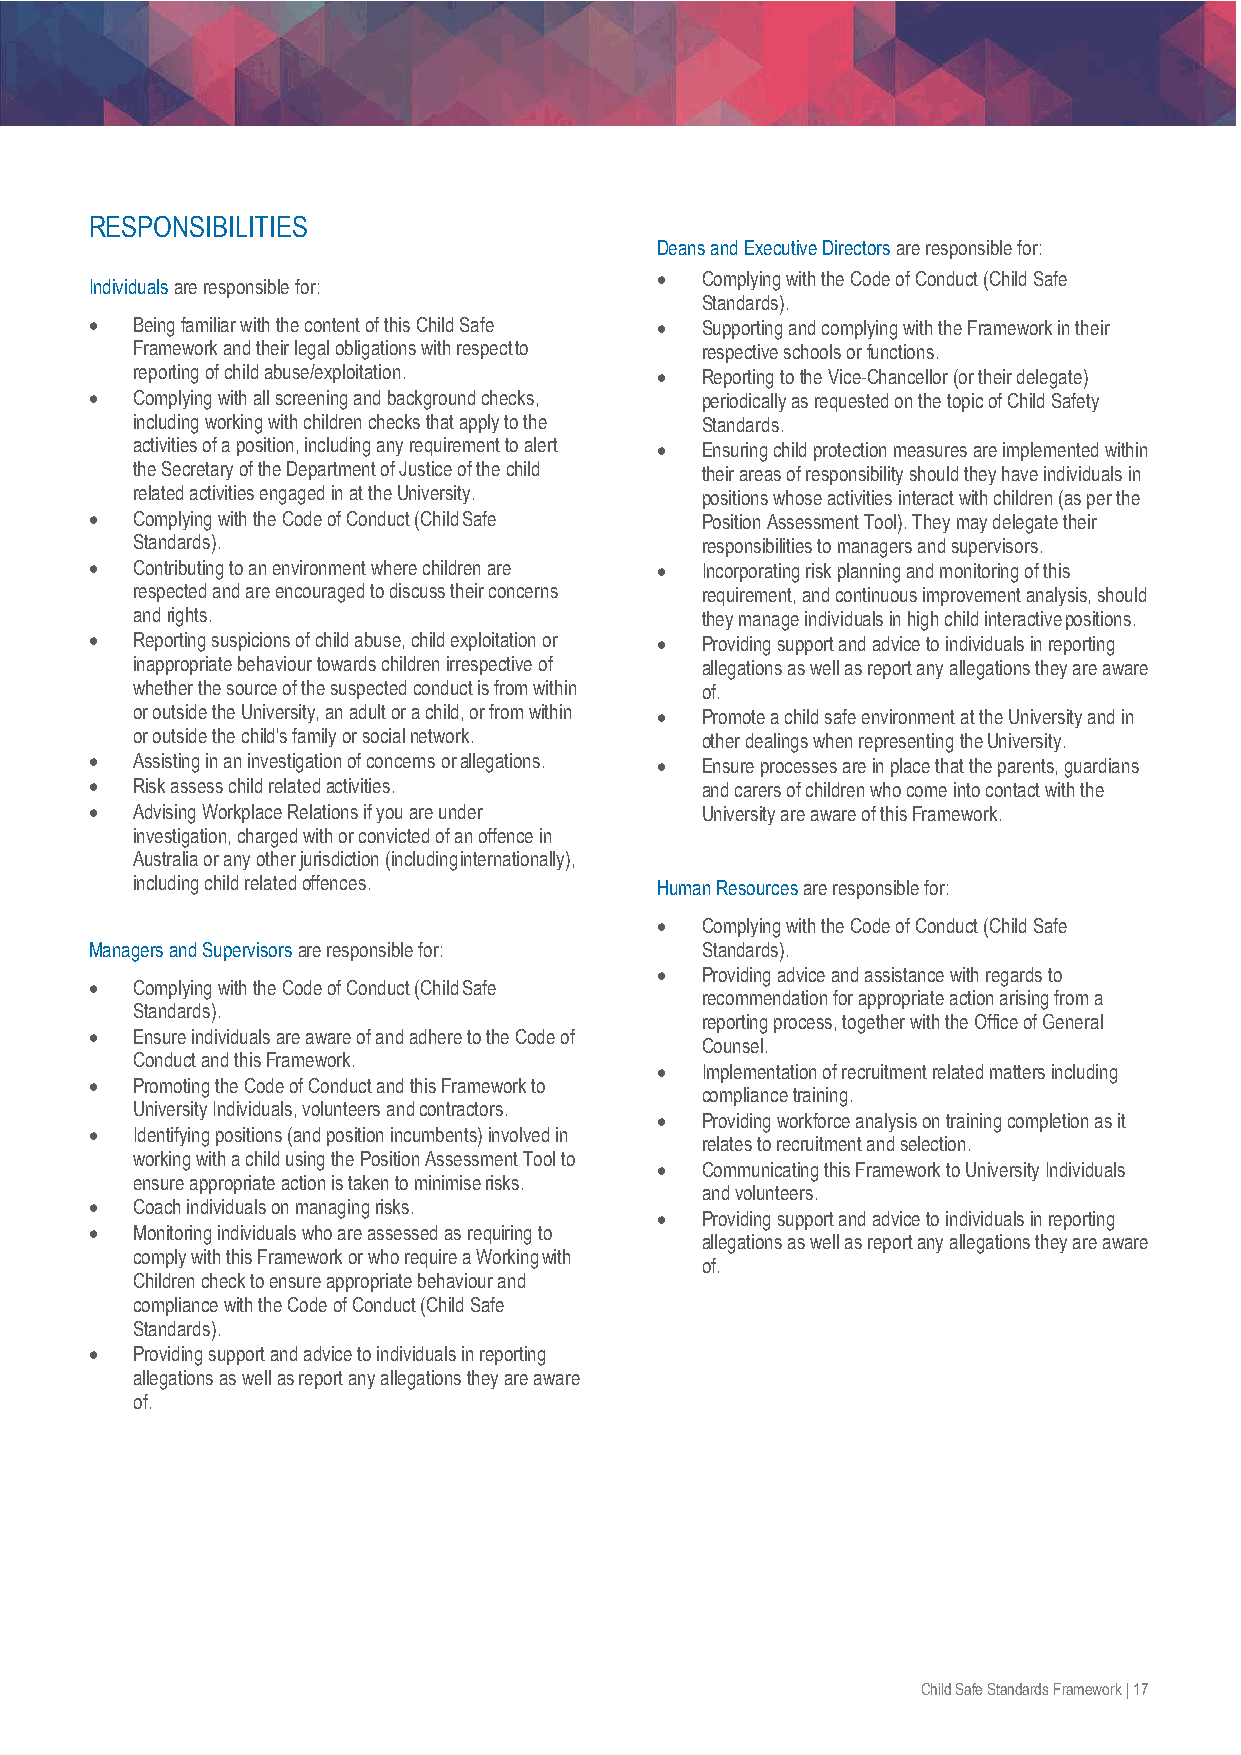
RESPONSIBILITIES
 Deans and Executive Directors are responsible for:
 •  Complying with the Code of Conduct (Child Safe
 Individuals are responsible for:
 Standards).
 •  Being familiar with the content of this Child Safe • Supporting and complying with the Framework in their
 Framework and their legal obligations with respect to respective schools or functions.
 reporting of child abuse/exploitation. • Reporting to the Vice-Chancellor (or their delegate)
 •  Complying with all screening and background checks, periodically as requested on the topic of Child Safety
 including working with children checks that apply to the Standards.
 activities of a position, including any requirement to alert • Ensuring child protection measures are implemented within
 the Secretary of the Department of Justice of the child their areas of responsibility should they have individuals in
 related activities engaged in at the University. positions whose activities interact with children (as per the
 •  Complying with the Code of Conduct (Child Safe Position Assessment Tool). They may delegate their
 Standards).                          responsibilities to managers and supervisors.
 •  Contributing to an environment where children are • Incorporating risk planning and monitoring of this
 respected and are encouraged to discuss their concerns requirement, and continuous improvement analysis, should
 and rights.                          they manage individuals in high child interactive positions.
 •  Reporting suspicions of child abuse, child exploitation or • Providing support and advice to individuals in reporting
 inappropriate behaviour towards children irrespective of allegations as well as report any allegations they are aware
 whether the source of the suspected conduct is from within of.
 or outside the University, an adult or a child, or from within • Promote a child safe environment at the University and in
 or outside the child's family or social network. other dealings when representing the University.
 •  Assisting in an investigation of concerns or allegations. • Ensure processes are in place that the parents, guardians
 •  Risk assess child related activities. and carers of children who come into contact with the
 •  Advising Workplace Relations if you are under University are aware of this Framework.
 investigation, charged with or convicted of an offence in
 Australia or any other jurisdiction (including internationally),
 including child related offences.  Human Resources are responsible for:
 •  Complying with the Code of Conduct (Child Safe
 Managers and Supervisors are responsible for: Standards).
 •  Providing advice and assistance with regards to
 •  Complying with the Code of Conduct (Child Safe
 recommendation for appropriate action arising from a
 Standards).
 reporting process, together with the Office of General
 •  Ensure individuals are aware of and adhere to the Code of
 Counsel.
 Conduct and this Framework.
 •  Implementation of recruitment related matters including
 •  Promoting the Code of Conduct and this Framework to
 compliance training.
 University Individuals, volunteers and contractors.
 •  Providing workforce analysis on training completion as it
 •  Identifying positions (and position incumbents) involved in
 relates to recruitment and selection.
 working with a child using the Position Assessment Tool to
 •  Communicating this Framework to University Individuals
 ensure appropriate action is taken to minimise risks.
 and volunteers.
 •  Coach individuals on managing risks.
 •  Providing support and advice to individuals in reporting
 •  Monitoring individuals who are assessed as requiring to
 allegations as well as report any allegations they are aware
 comply with this Framework or who require a Working with
 of.
 Children check to ensure appropriate behaviour and
 compliance with the Code of Conduct (Child Safe
 Standards).
 •  Providing support and advice to individuals in reporting
 allegations as well as report any allegations they are aware
 of.
 Child Safe Standards Framework | 17